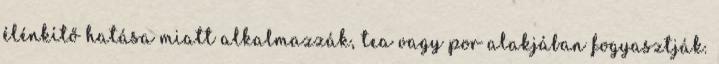
élénkítő hatása miatt alkalmazzák, tea vagy por alakjában fogyasztják.